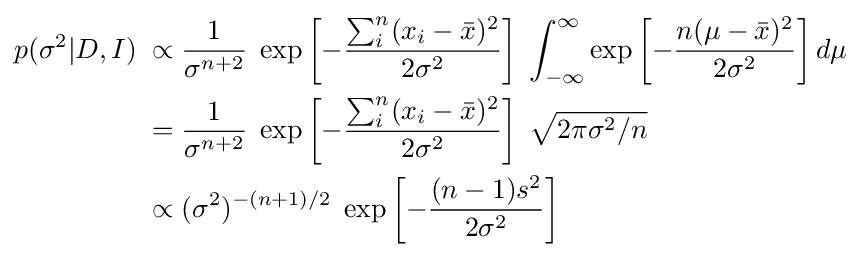
{\begin{aligned}p(\sigma ^{2}|D,I)\;\propto \;&{\frac {1}{\sigma ^{n+2}}}\;\exp \left[-{\frac {\sum _{i}^{n}(x_{i}-{\bar {x}})^{2}}{2\sigma ^{2}}}\right]\;\int _{-\infty }^{\infty }\exp \left[-{\frac {n(\mu -{\bar {x}})^{2}}{2\sigma ^{2}}}\right]d\mu \\=\;&{\frac {1}{\sigma ^{n+2}}}\;\exp \left[-{\frac {\sum _{i}^{n}(x_{i}-{\bar {x}})^{2}}{2\sigma ^{2}}}\right]\;{\sqrt {2\pi \sigma ^{2}/n}}\\\propto \;&(\sigma ^{2})^{-(n+1)/2}\;\exp \left[-{\frac {(n-1)s^{2}}{2\sigma ^{2}}}\right]\end{aligned}}